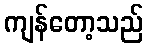
ကျန်တော့သည်